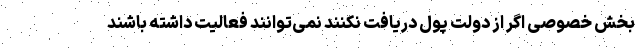
بخش خصوصی اگر از دولت پول دریافت نکنند نمی‌توانند فعالیت داشته باشند